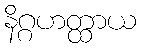
နိဂ္ဂဟတ္ထာယ